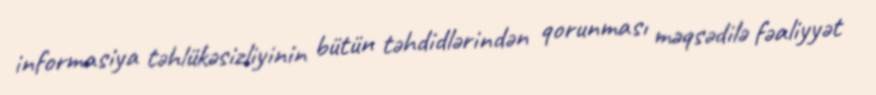
informasiya təhlükəsizliyinin bütün təhdidlərindən qorunması məqsədilə fəaliyyət